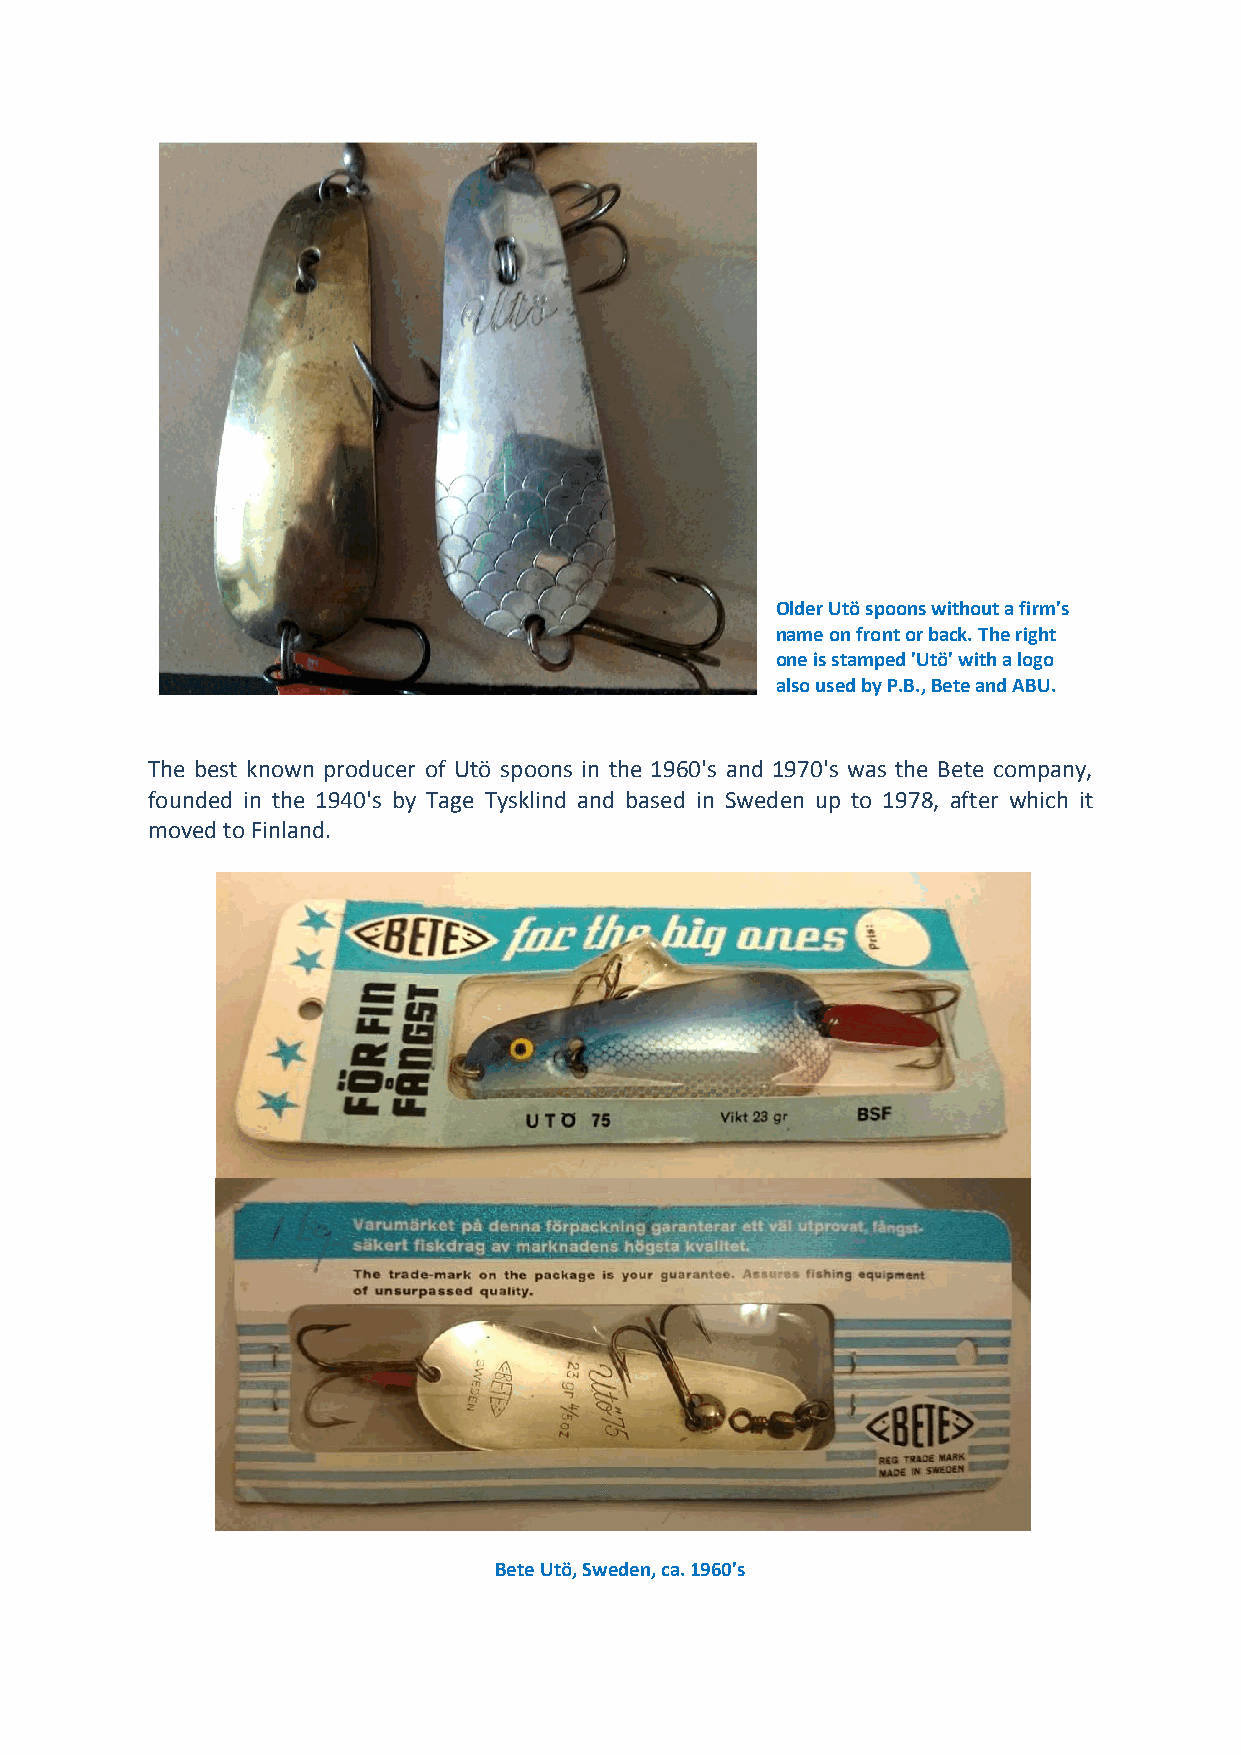
Older Utö spoons without a firm's
 name on front or back. The right
 one is stamped 'Utö' with a logo
 also used by P.B., Bete and ABU.
 The best known producer of Utö spoons in the 1960's and 1970's was the Bete company,
 founded in the 1940's by Tage Tysklind and based in Sweden up to 1978, after which it
 moved to Finland.
 Bete Utö, Sweden, ca. 1960's